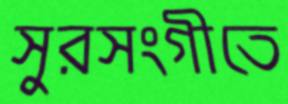
সুরসংগীতে